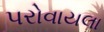
પરોવાયલા